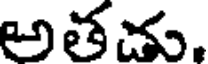
అతచు.